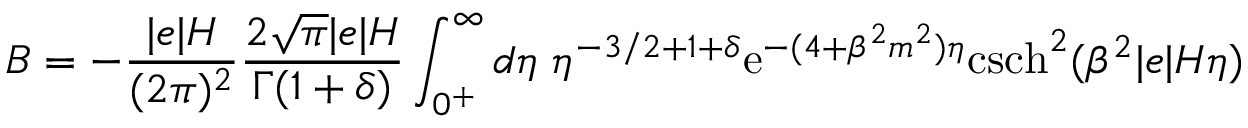
B = - \frac { \vert e \vert H } { ( 2 \pi ) ^ { 2 } } \frac { 2 \sqrt { \pi } \vert e \vert H } { \Gamma ( 1 + \delta ) } \int _ { 0 ^ { + } } ^ { \infty } d \eta \; \eta ^ { - 3 / 2 + 1 + \delta } \mathrm { e } ^ { - ( 4 + \beta ^ { 2 } m ^ { 2 } ) \eta } \mathrm { c s c h } ^ { 2 } ( \beta ^ { 2 } \vert e \vert H \eta )